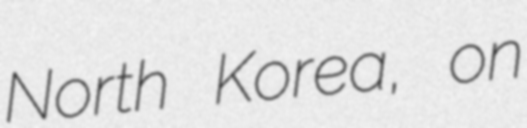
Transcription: North Korea, on